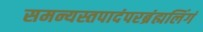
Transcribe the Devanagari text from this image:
समन्यस्तपादंपरब्रंह्मलिंगं